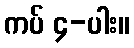
ကပ် ၄-ပါး။